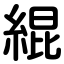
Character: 緄